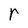
Character: r